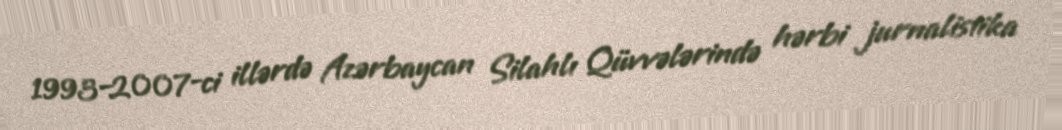
1993–2007-ci illərdə Azərbaycan Silahlı Qüvvələrində hərbi jurnalistika